Vaccination in Burma 1900-1911 - 1900-1911
Year: 1900
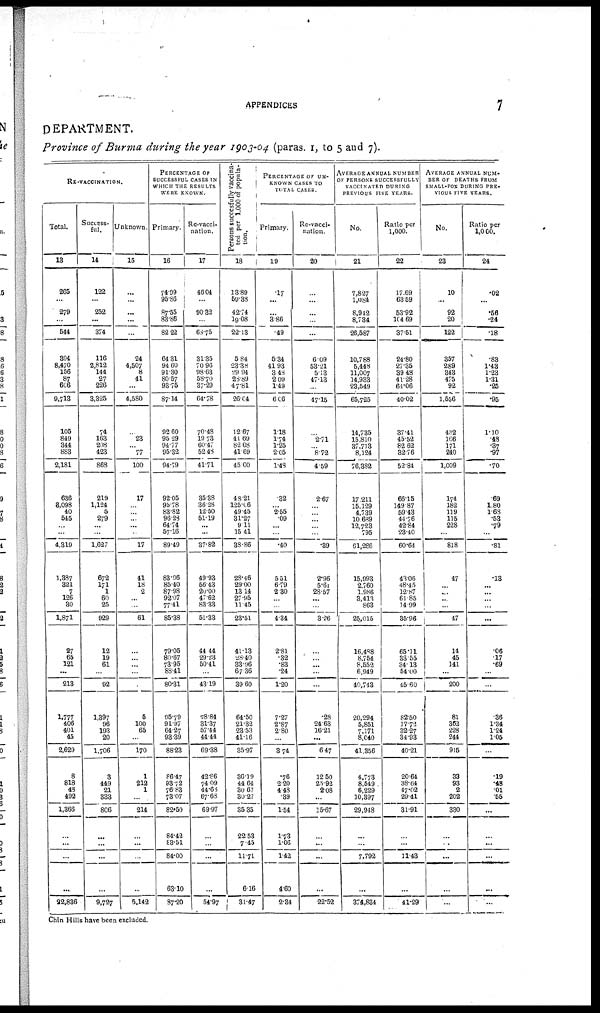
APPENDICES
7
DEPARTMENT.
Province of Burma during the year 1903-04 (paras. 1, to 5 and 7).
RE-VACCINATION.
Total.
13
265
...
279
...
544
394
8,470
156
87
606
9,713
105
849
344
883
2,181
636
8,098
40
545
...
...
4,319
1,387
321
7
126
30
1,871
27
65
121
...
213
1,777
406
401
45
2,629
8
818
48
492
1,366
...
...
...
...
22,836
Success-
ful.
14
122
...
252
...
374
116
2,812
144
27
226
3,325
74
163
208
423
868
219
1,124
5
279
...
...
1,627
672
171
1
60
25
929
12
19
61
...
92
1,397
96
193
20
1,706
3
449
21
833
806
...
...
...
...
9,727
Unknown.
15
...
...
...
...
...
24
4,507
8
41
...
4,580
...
23
... 77
100
17
...
...
...
...
...
17
41
18
2
...
...
61
...
...
...
...
...
5
100
65
...
170
1
212
1
...
214
...
...
...
...
5,142
PERCENTAGE of
SUCCESSFUL CASES IN
WHICH THE RESULTS
WERE KNOWN.
Primary.
16
74.99
95.86
87.55
83.86
82.22
64.31
94.60
91.30
80.57
93.75
87.14
92.60
95.29
94.77
95.32
94.79
92.05
95.78
83.82 96.28 ...
10
89.49
83.96
85.40
87.98 92.07 77.41
85.38
79.05
80.67
73.95
88.41
80.31
95.79
91.97
64.27
93.39
88.23
86.47
93.72
76.83
73.07
82.50
84.42
88.51
84.00
63.10
87.20
Re-vacci-
nation.
17
46.04
...
90.82
...
63.75
31.35 70.96
98.63 58.70 37.29
64.78
70.48
19.73
60.47
52.48
41.71
35.38
36.28
12.50
51.19
...
...
37.82
49.93
56.43
20.00
47.62
83.33
51.33
44.44
29.23
50.41
...
43.19
78.84
31.37
57.44
44.44
69.38
42.86
74.09
44.68
67.68
69.97
...
...
...
...
54.97
Persons succesfully vaccina-
ted per 1,000 of popula-
tion.
18
18.89
59.38
42.74
19.08
22.13
5.84
23.38
29.94
28.89
47.81
26.04
12.67
41.69
82.08
41.69
45.00
48.21
125.06
49.45
31.27
9.11
15.41
38.86
28.46
29.00
13.14
27.95
11.45
23.51
41.13
28.40
33.96
67.36
39.60
64.50
21.32
23.53
41.16
35.97
36.19
44.64
30.67
30.27
35.35
22.53
7.45
11.71
6.16
31.47
PERCENTAGE or UN-
KNOWN CASES TO
TOTAL CASES.
Primary.
19
.17
...
...
3.86
.49
5.34
41.93
3.48
2.09
1.49
606
118
1.74
1.25
2.05
1.48
.32
... 2.55
.09
...
...
.40
5.51
6.79
2.30
...
...
4.34
2.81
.32
.83
.24
1.20
7.27
2.87
2.80
...
3.74
.76
2.20
4.48
.39
1.54
1.73
1.06
1.42
4.60
2.84
Re-vacci-
nation.
20
...
...
...
...
...
6.09
53.21
5.13
47.13
...
47.15
...
2.71
... 8.72
4.59
2.67
...
...
... ...
...
.39
2.96
5.61
28.57
...
...
3.26
...
... ...
...
...
.28
24.63
16.21
...
6.47
12.50
25.92
2.08
...
15.67
...
...
...
...
22.52
AVERAGE ANNUAL NUMBER
OF PERSONS SUCCESSFULLY
VACCINATED DURING
PREVIOUS FIVE YEARS.
No.
21
7,827
1,084
8,942
8,784
26,587
10,788
5,448
11,007
14,933
23,549
65,725
14,735
15,810
37,713
8,124
76,382
17,211
15,129
4,739
10,639
12,723
795
61,286
15,993
2,760
1,986
3,413
863
25,015
16,488
8,754
8,552
6,949
40,743
20,294
5,851
7,171
8,040
41,356
4,773
8,549
6,229
10,397
29,948
...
...
7,792
...
374,834
Ratio per
1,000.
22
17.69
63.59
53.92
104.69
37.51
24.80
27.35
39.48
41.28
61.06
40.-02
37.41
45.52
82.62
32.76
52.84
66.15
149.87 59.43
44.76
42.84
23.40
60.64
43.06
48.45
12.87
61.85
14.99
35.96
65.11
33.55
34.13
54.00
45.60
82.50
17.72
32.27
34.93
40.21
20.64
88.04
47.02
29.41
31.91
...
...
11.43
...
41.29
AVERAGE ANNUAL NUM-
BER OF DEATHS FROM
SMALL-POX DURING PRE-
VIOUS FIVE YEARS.
No.
23
10
...
92
20
122
357
289
343
475
92
1,556
432
166
171
240
1,009
174
182
119
115
228
...
818
47
...
... ...
...
47
14
45
141
...
200
81
352
228
244
915
33
93
2
202
330
...
...
...
...
...
Ratio per
1,000.
24
.02
...
.56
.24
.18
.83
1.43
1.23
1.31
.25
.95
1.10
.43
.37
.97
.70
.69
1.80
1.68
.53
.79
...
.81
.13
...
...
... ...
...
.06
.17
.69
...
...
.36
1.34
1.24
1.05
...
.19
.48
.01
.55
...
...
...
...
...
...
Chin Hills have been excluded.